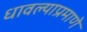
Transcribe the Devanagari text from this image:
धावल्याप्रमाणे